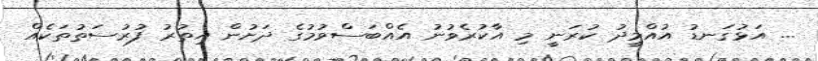
... އަޅުގަނޑު އުއްމީދު ކުރަނީ މި އާކުރެވުނު އެއްބަސްވުމުގެ ދަށުން އިތުރު ފުރުސަތުތަކެއް